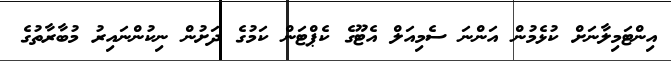
އިންޓަމިލާނަށް ކުޅެމުން އަންނަ ސެމިއަލް އެޓޫގެ ކެޕްޓަން ކަމުގެ ދަށުން ނިކުންނައިރު މުބާރާތުގެ